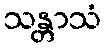
သန္တာသံ